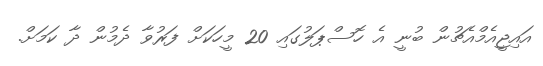
އައިޖީއެމްއެޗުން ބުނީ އެ ހޮސްޕަލުގައި 20 މީހަކަށް ފަރުވާ ދެމުން ދާ ކަމަށް.